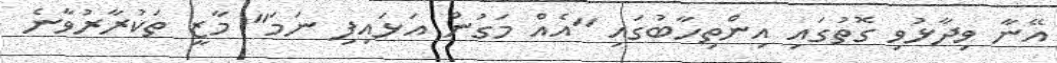
އޭނާ ވިދާޅުވި ގޮތުގައި އިންތިހާބުގައި "އެއް މަގުން އަޅައިފި ނަމަ" މާޒީ ތަކުރާރުވާނެ